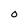
Character: o